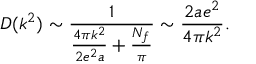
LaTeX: D ( k ^ { 2 } ) \sim \frac { 1 } { \frac { 4 \pi k ^ { 2 } } { 2 e ^ { 2 } a } + \frac { N _ { f } } { \pi } } \sim \frac { 2 a e ^ { 2 } } { 4 \pi k ^ { 2 } } .